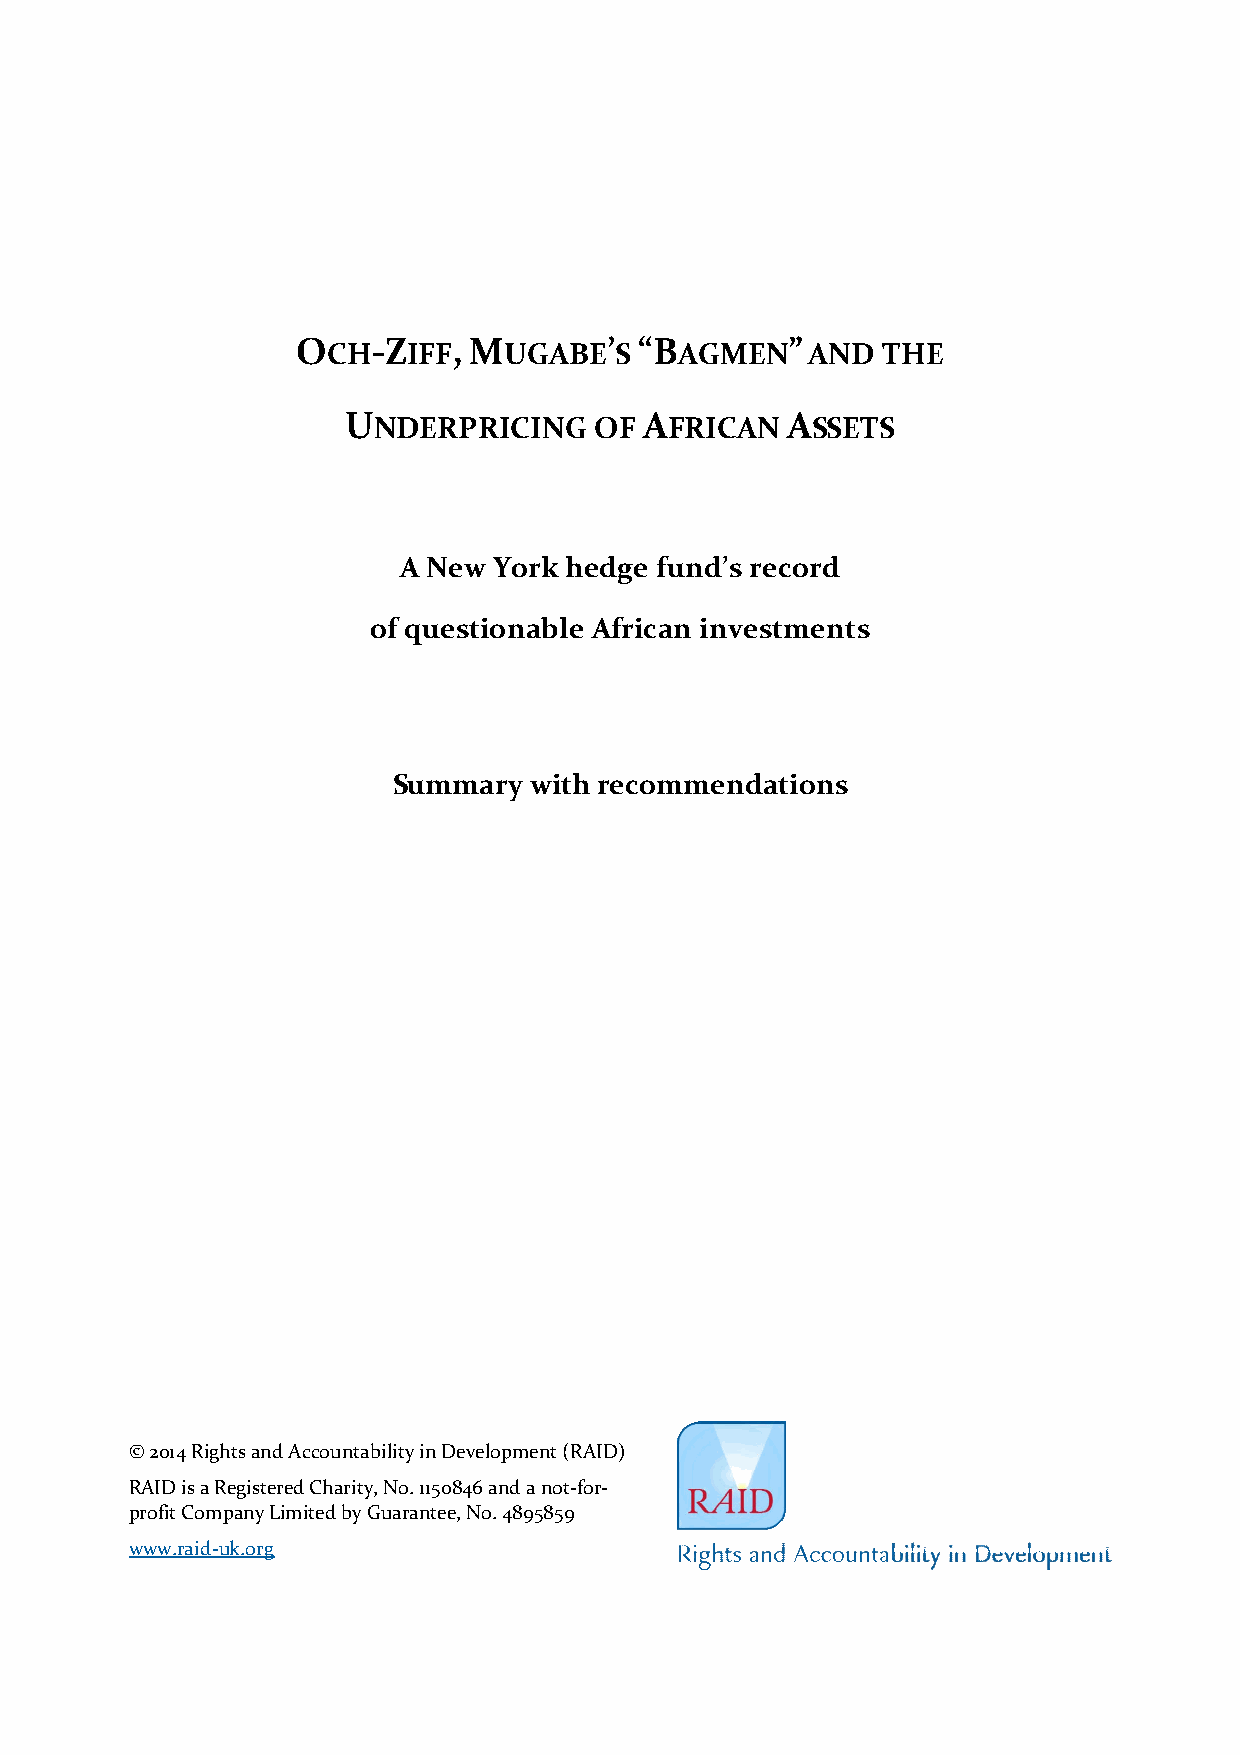
OCH-ZIFF,  MUGABE’S   “BAGMEN”    AND THE
 UNDERPRICING    OF  AFRICAN  ASSETS
 A New  York hedge fund’s record
 of questionable African investments
 Summary  with recommendations
 © 2014 Rights and Accountability in Development (RAID)
 RAID is a Registered Charity, No. 1150846 and a not-for-
 profit Company Limited by Guarantee, No. 4895859
 www.raid-uk.org